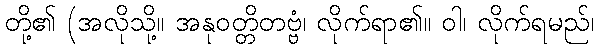
တို့၏ (အလိုသို့။ အနုဝတ္တိတဗ္ဗံ၊ လိုက်ရာ၏။ ဝါ၊ လိုက်ရမည်၊